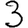
Digit: 3